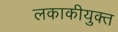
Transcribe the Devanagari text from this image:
लकाकीयुक्त